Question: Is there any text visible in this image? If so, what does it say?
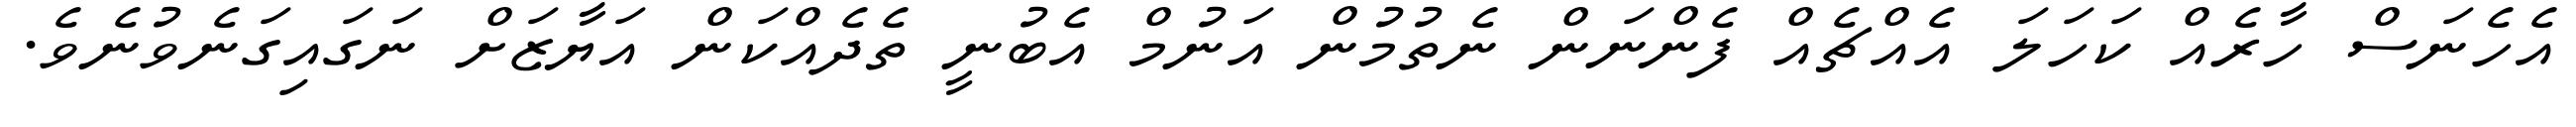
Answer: އެހެނަސް ހާރެއް ކަހަލަ އެއްޗެއް ފެންނަން ނެތުމުން އަނުމް އެބުނީ ތެދެއްކަން އަޔާޒަށް ނަގައިގަނެވުނެވެ.